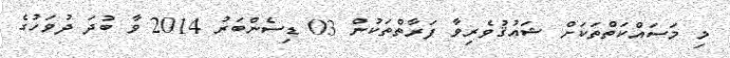
މި މަސައްކަތްތަކަށް ޝައުޤުވެރިވާ ފަރާތްތަކުން 03 ޑިސެންބަރު 2014 ވާ ބުދަ ދުވަހުގެ